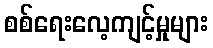
စစ်ရေးလေ့ကျင့်မှုများ